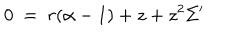
0 ~ = ~ r ( \alpha - 1 ) + z + z ^ { 2 } \Sigma ^ { \prime }